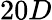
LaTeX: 20D